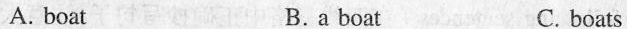
A. boat B.a boat C. boats